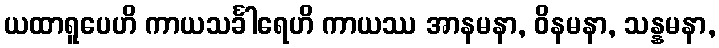
ယထာရူပေဟိ ကာယသင်္ခါရေဟိ ကာယဿ အာနမနာ, ဝိနမနာ, သန္နမနာ,